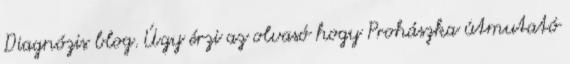
Diagnózis blog. Úgy érzi az olvasó hogy Prohászka útmutató